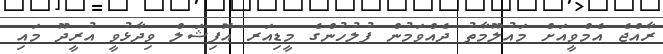
ރާއްޖެ އެމްވީއަށް މައުލޫމާތު ދެއްވަމުން ފުލުހުންގެ މީޑިއަރ އޮފިޝަލް ވިދާޅުވީ އުރީދޫ މައި